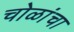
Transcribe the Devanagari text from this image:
चोळांचा